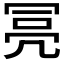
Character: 𠖍